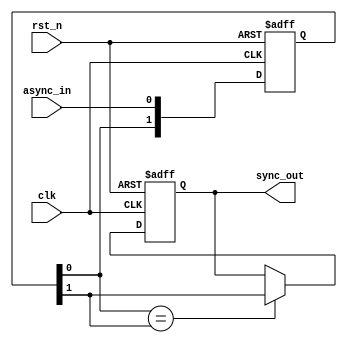
module async_to_sync_converter (
    input wire        clk,        // Synchronous clock
    input wire        rst_n,      // Active low reset
    input wire        async_in,   // Asynchronous input signal
    output reg        sync_out     // Synchronized output signal
);

// Internal signals for the synchronization process
reg [1:0] async_sync; // Two flip-flops for synchronization

// Reset logic and sampling process
always @(posedge clk or negedge rst_n) begin
    if (!rst_n) begin
        async_sync <= 2'b00; // Initialize the sync register to known state
        sync_out <= 1'b0;     // Initialize output to 0
    end else begin
        async_sync <= {async_sync[0], async_in}; // Sample async input
        // Detect stable output: Only update sync_out when async_sync[0] and async_sync[1] are the same
        if (async_sync[0] == async_sync[1]) begin
            sync_out <= async_sync[1]; // Output stable signal
        end
    end
end

endmodule